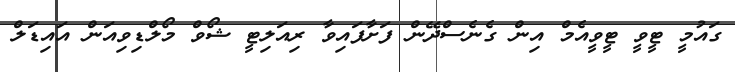
ގައުމީ ޓީވީ ޓީވީއެމް އިން ގެނެސްދޭން ފަށާފައިވާ ރިއަލިޓީ ޝޯވް މޯލްޑިވިއަން އައިޑަލް